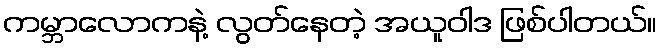
ကမ္ဘာလောကနဲ့ လွတ်နေတဲ့ အယူဝါဒ ဖြစ်ပါတယ်။